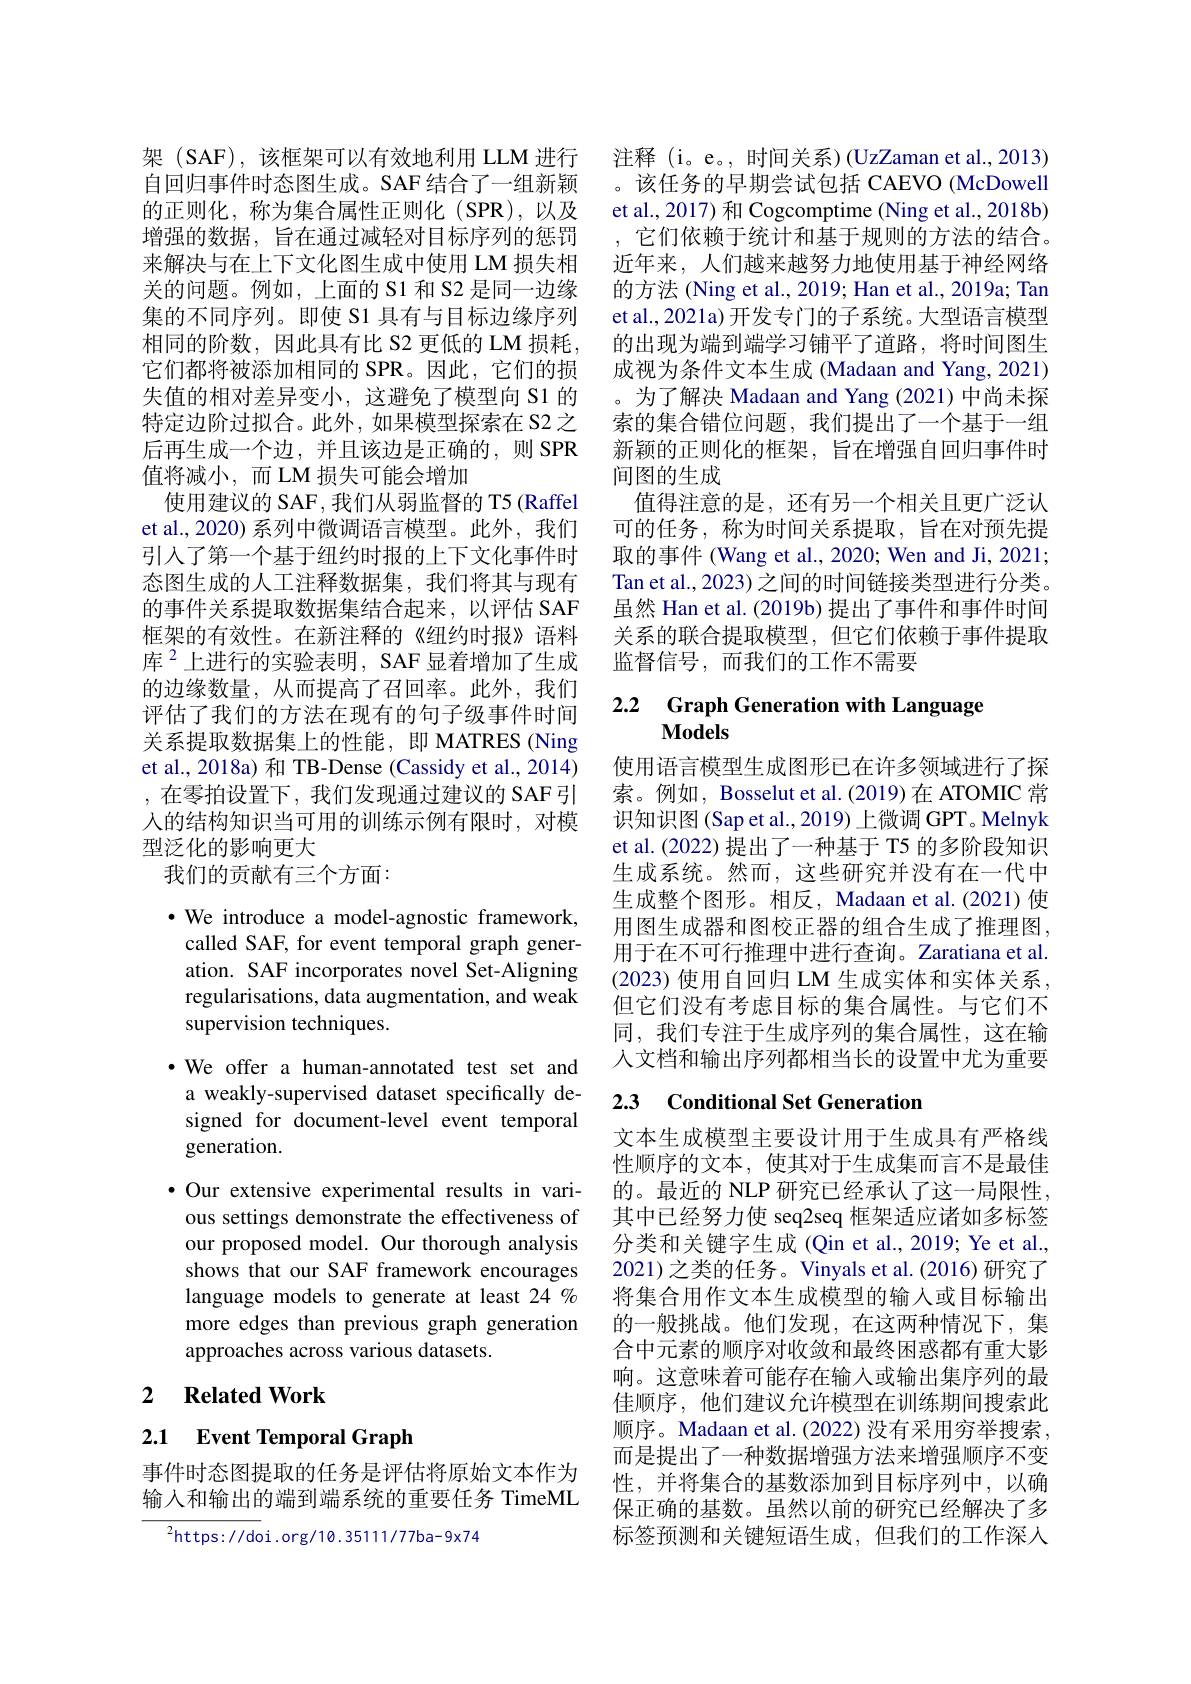
架 (SAF),该框架可以有效地利用 LLM 进行自回归事件时态图生成。SAF 结合了一组新颖的正则化，称为集合属性正则化(SPR),以及增强的数据，旨在通过减轻对目标序列的惩罚来解决与在上下文化图生成中使用 LM 损失相关的问题。例如，上面的 S1 和 S2 是同一边缘集的不同序列。即使 S1 具有与目标边缘序列相同的阶数，因此具有比 S2 更低的 LM 损耗它们都将被添加相同的 SPR。因此，它们的损失值的相对差异变小，这避免了模型向 S1 的特定边阶过拟合。此外，如果模型探索在 S2 之后再生成一个边，并且该边是正确的，则 SPR 值将减小，而 LM 损失可能会增加
使用建议的 SAF, 我们从弱监督的 T5 (Raffel et al., 2020) 系列中微调语言模型。此外，我们引入了第一个基于纽约时报的上下文化事件时态图生成的人工注释数据集，我们将其与现有的事件关系提取数据集结合起来，以评估 SAF 框架的有效性。在新注释的《纽约时报》语料库$^{2}$上进行的实验表明，SAF显着增加了生成的边缘数量，从而提高了召回率。此外，我们评估了我们的方法在现有的句子级事件时间关系提取数据集上的性能，即 MATRES (Ning et al., 2018a) 和 TB-Dense (Cassidy et al., 2014) ,在零拍设置下，我们发现通过建议的 SAF引人的结构知识当可用的训练示例有限时，对模型泛化的影响更大
我们的贡献有三个方面：

$\bullet$ We introduce a model-agnostic framework, called SAF, for event temporal graph generation. SAF incorporates novel Set-Aligning regularisations, data augmentation, and weak supervision techniques.

·We offer a human-annotated test set and a weakly-supervised dataset specifically designed for document-level event temporal generation.
$\bullet$ Our extensive experimental results in various settings demonstrate the effectiveness of our proposed model. Our thorough analysis shows that our SAF framework encourages language models to generate at least 24 % more edges than previous graph generation approaches across various datasets.

## 2 $\textbf{Related Work}$

2.1 Event Temporal Graph

事件时态图提取的任务是评估将原始文本作为输入和输出的端到端系统的重要任务 TimeML

$^{2}$https://doi.org/10.35111/77ba-9x74

注释 (i。e。, 时间关系) (UzZaman et al., 2013) 。该任务的早期尝试包括 CAEVO (McDowell et al., 2017) 和 Cogcomptime (Ning et al., 2018b) ,它们依赖于统计和基于规则的方法的结合。近年来，人们越来越努力地使用基于神经网络的方法 (Ning et al., 2019; Han et al., 2019a; Tan et al., 2021a) 开发专门的子系统。大型语言模型的出现为端到端学习铺平了道路，将时间图生成视为条件文本生成 (Madaan and Yang, 2021) 。为了解决 Madaan and Yang (2021) 中尚未探索的集合错位问题，我们提出了一个基于一组新颖的正则化的框架，旨在增强自回归事件时间图的生成
值得注意的是，还有另一个相关且更广泛认可的任务，称为时间关系提取，旨在对预先提取的事件 (Wang et al., 2020; Wen and Ji, 2021; Tan et al., 2023) 之间的时间链接类型进行分类。虽然 Han et al. (2019b) 提出了事件和事件时间关系的联合提取模型，但它们依赖于事件提取监督信号，而我们的工作不需要

# 2.2 Graph Generation with Language Models

使用语言模型生成图形已在许多领域进行了探索。例如，Bosselut et al. (2019)在 ATOMIC 常识知识图 (Sap et al., 2019) 上微调 GPT。Melnyk et al. (2022) 提出了一种基于 T5 的多阶段知识生成系统。然而，这些研究并没有在一代中生成整个图形。相反，Madaan et al.(2021) 使用图生成器和图校正器的组合生成了推理图， 用于在不可行推理中进行查询。Zaratiana et al. (2023) 使用自回归 LM 生成实体和实体关系但它们没有考虑目标的集合属性。与它们不同，我们专注于生成序列的集合属性，这在输人文档和输出序列都相当长的设置中尤为重要

## 2.3 Conditional Set Generation

文本生成模型主要设计用于生成具有严格线性顺序的文本，使其对于生成集而言不是最佳的。最近的 NLP 研究已经承认了这一局限性， 其中已经努力使 seq2seq 框架适应诸如多标签分类和关键字生成 (Qin et al., 2019; Ye et al., 2021)之类的任务。Vinyals et al.(2016) 研究了将集合用作文本生成模型的输入或目标输出的一般挑战。他们发现，在这两种情况下，集合中元素的顺序对收敛和最终困惑都有重大影响。这意味着可能存在输入或输出集序列的最佳顺序，他们建议允许模型在训练期间搜索此顺序。Madaan et al.(2022) 没有采用穷举搜索而是提出了一种数据增强方法来增强顺序不变性，并将集合的基数添加到目标序列中，以确保正确的基数。虽然以前的研究已经解决了多标签预测和关键短语生成，但我们的工作深人